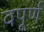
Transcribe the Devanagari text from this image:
वपूर्ण